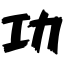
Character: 功